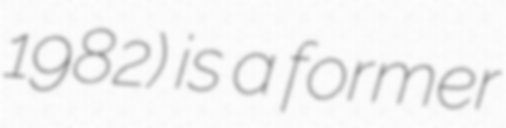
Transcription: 1982) is a former